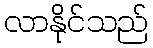
လာနိုင်သည်